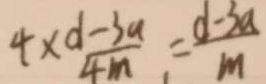
4 \times \frac { d - 3 a } { 4 m } = \frac { d - 3 a } { m }